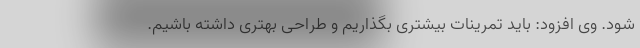
شود. وی افزود: باید تمرینات بیشتری بگذاریم و طراحی بهتری داشته باشیم.